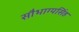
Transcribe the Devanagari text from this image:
सौभाग्यसिंह